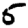
Digit: 5